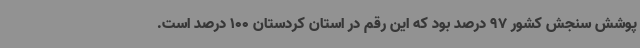
پوشش سنجش کشور 97 درصد بود که این رقم در استان کردستان 100 درصد است.